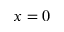
x = 0